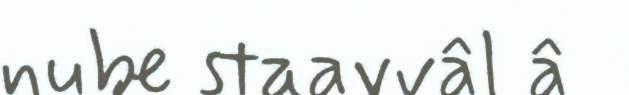
nube staavvâl â